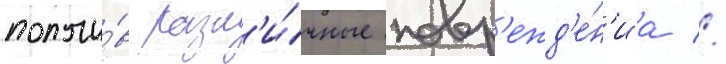
получи́в разл'и́чные повр'ежд'е́н'иа //